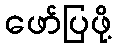
ဖော်ပြဖို့